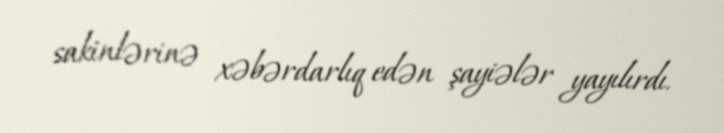
sakinlərinə xəbərdarlıq edən şayiələr yayılırdı.